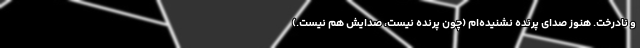
و نادرخت. هنوز صدای پرنده نشنیده‌ام (چون پرنده نیست، صدایش هم نیست.)